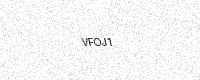
Text: VFOJ1